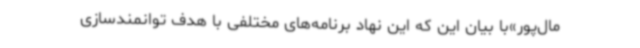
مال‌پور»با بیان این که این نهاد برنامه‌های مختلفی با هدف توانمندسازی